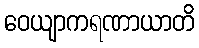
ဝေယျာကရဏာယာတိ